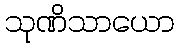
သုဏိသာယော